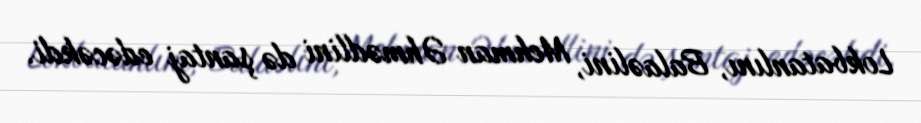
Lokbatanlını, Balaəlini, Mehman Əhmədlini də şantaj edəcəkdi.